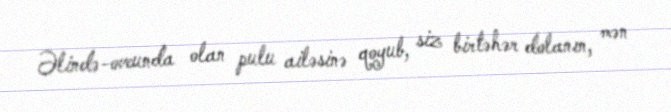
Əlində-ovcunda olan pulu ailəsinə qoyub, siz birtəhər dolanın, mən